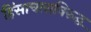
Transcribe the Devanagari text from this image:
हिंसाचाराविरुद्ध